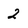
Character: 2